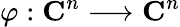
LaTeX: \varphi:\mathbf{C}^{n}\longrightarrow\mathbf{C}^{n}